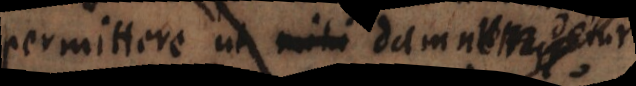
permittere ut mihi damnetur